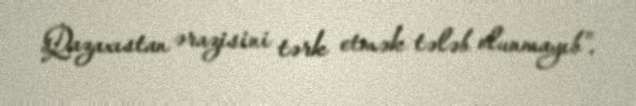
Qazaxıstan ərazisini tərk etmək tələb olunmayıb”.